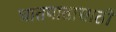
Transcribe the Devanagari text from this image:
घातपातासाठी